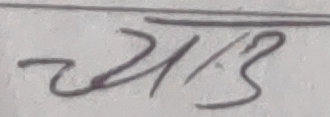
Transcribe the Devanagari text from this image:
च्याङ